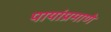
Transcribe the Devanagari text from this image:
पायांप्रमाणे